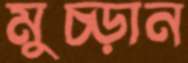
মুচ্‌ড়ান